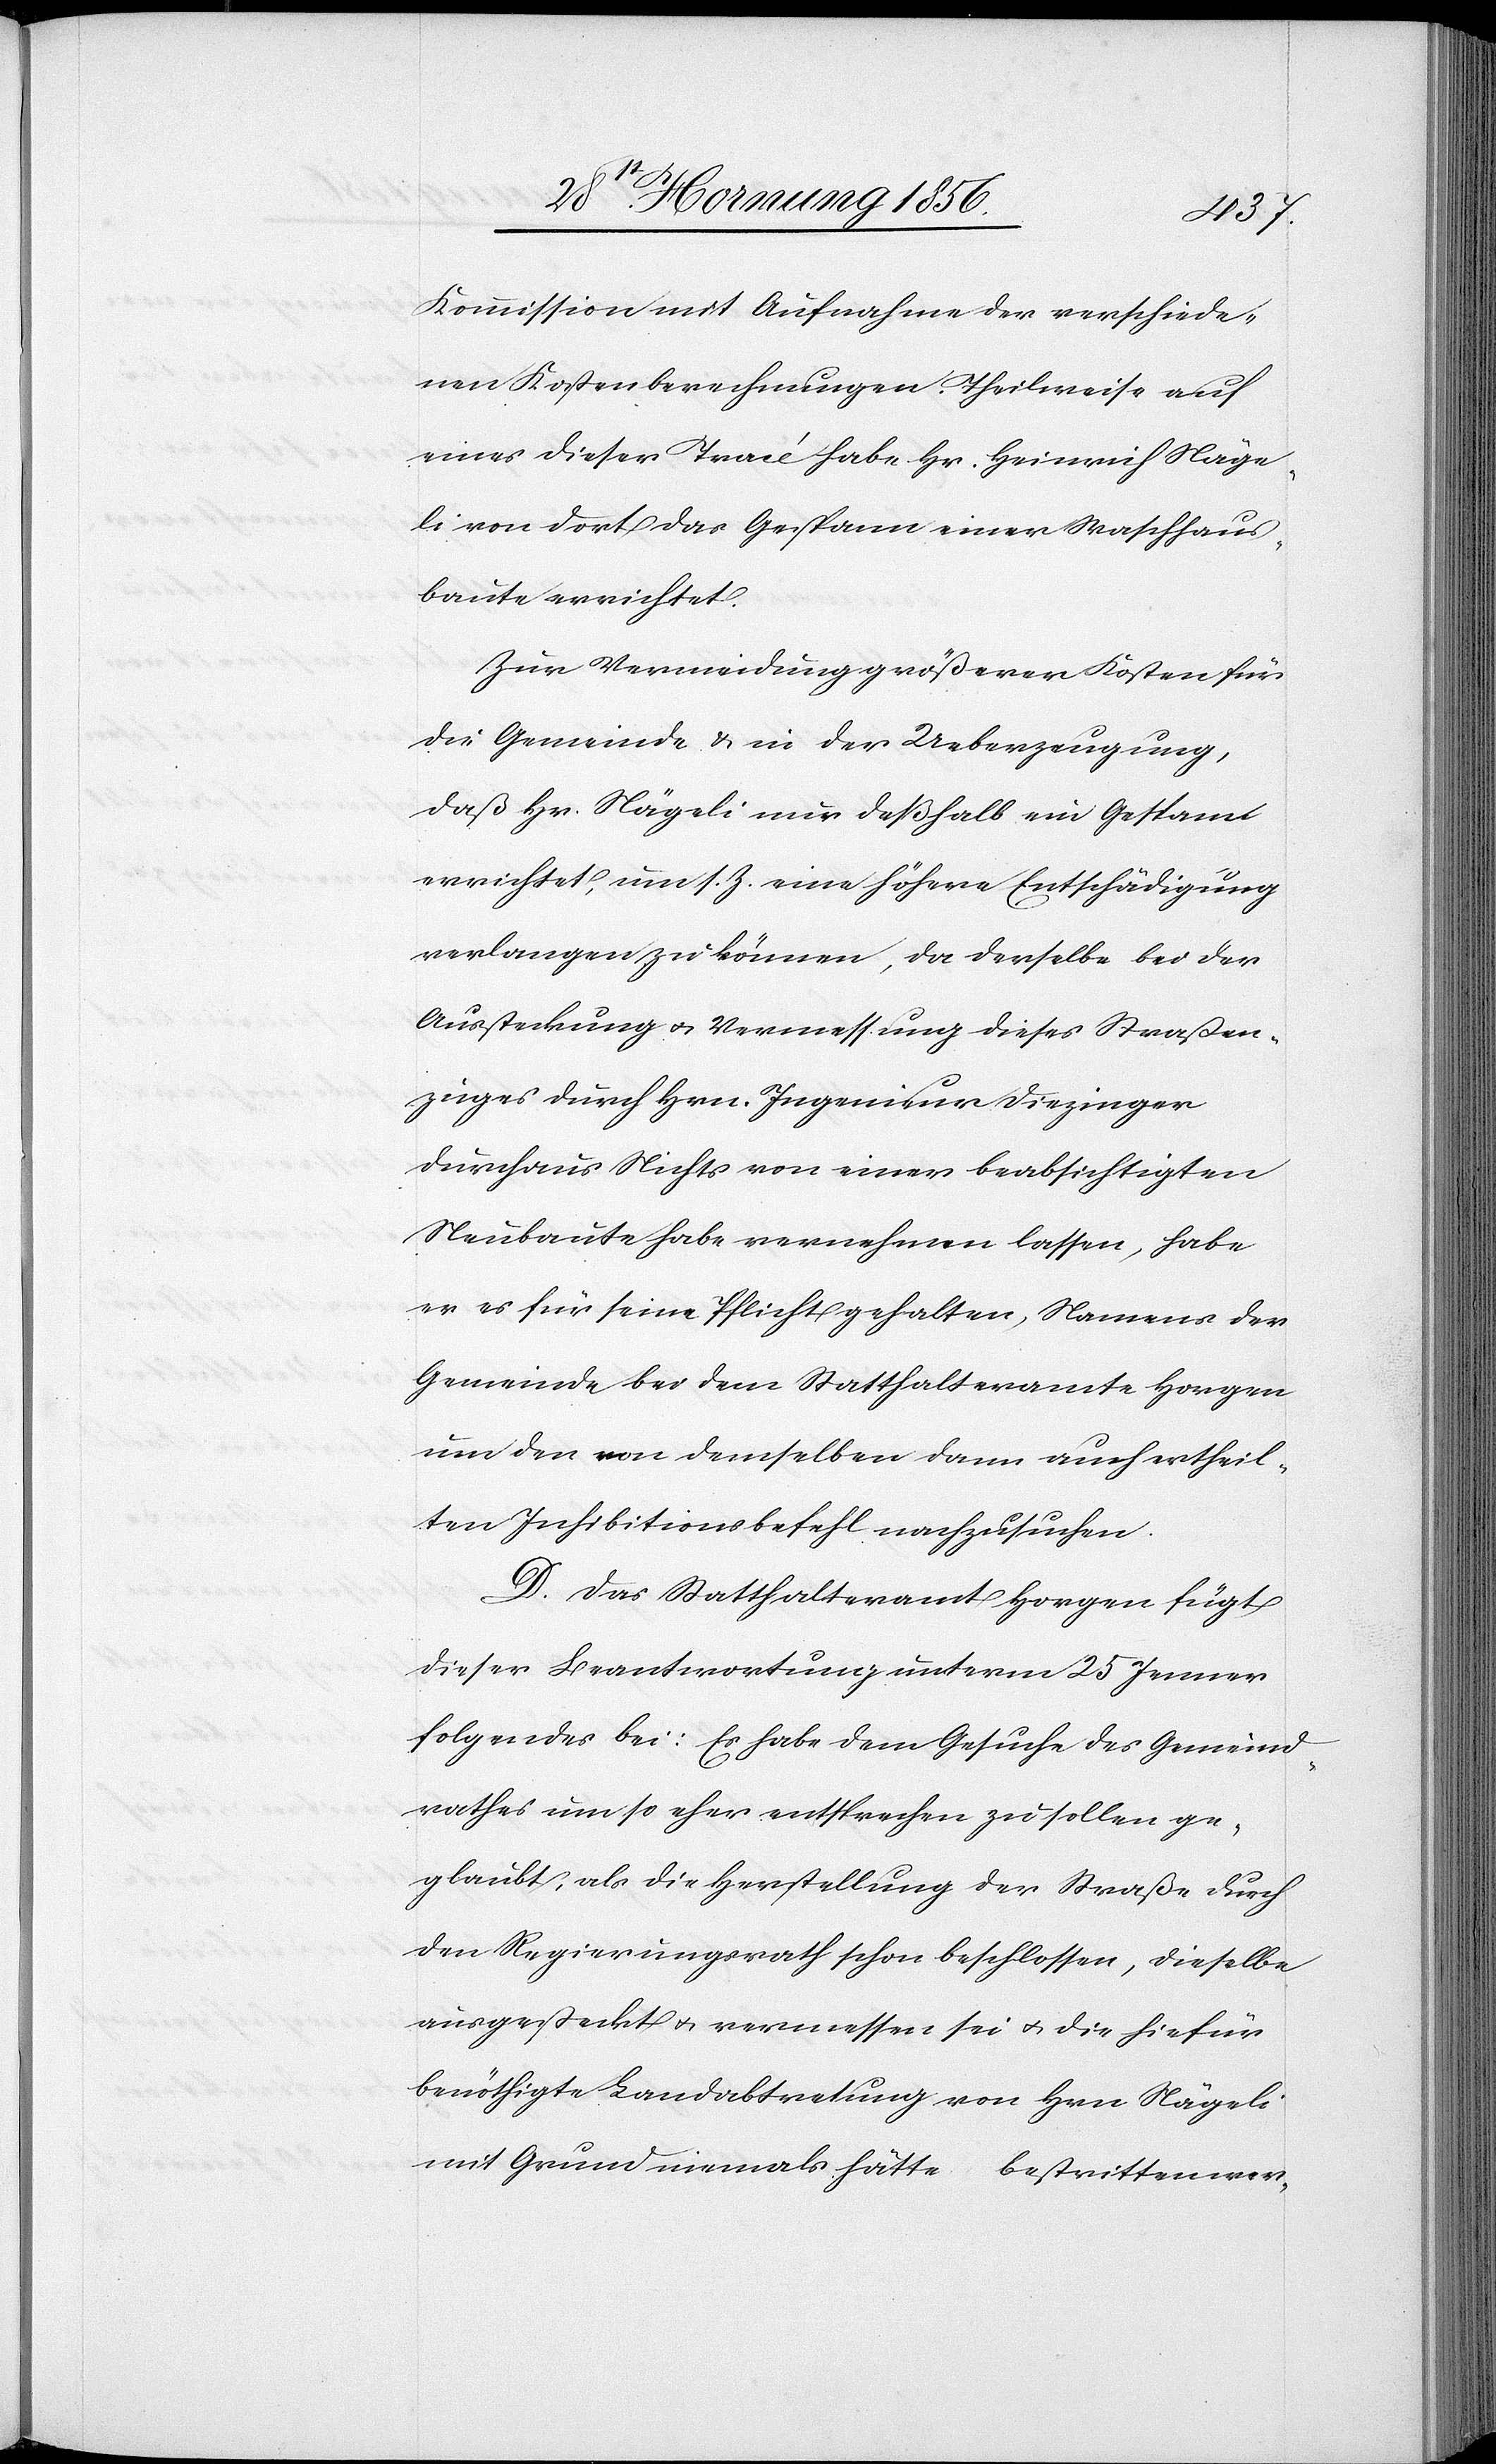
Kommission mit Aufnahme der verschiede¬
nen Kostenberechnungen. Theilweise auf
eines dieser Tracé habe Hr. Heinrich Näge¬
li von dort das Gespann einer Waschhaus¬
baute errichtet.
Zur Vermeidung größerer Kosten für
die Gemeinde & in der Ueberzeugung,
daß Hr. Nägeli nur deßhalb ein Gespann
errichtet, um s. Z. eine höhere Entschädigung
verlangen zu können, da derselbe bei der
Aussteckung u. Vermessung dieses Straßen¬
zuges durch Hrn. Ingenieur Diezinger
durchaus Nichts von einer beabsichtigten
Neubaute habe vernehmen lassen, habe
er es für seine Pflicht gehalten, Namens der
Gemeinde bei dem Statthalteramte Horgen
um den von demselben dann auch ertheil¬
ten Inhibitionsbefehl nachzusuchen.
D. Das Statthalteramt Horgen fügt
dieser Beantwortung unterm 25 Jenner
folgendes bei: Es habe dem Gesuche des Gemeind¬
rahtes um so eher entsprechen zu sollen ge¬
glaubt, als die Herstellung der Straße durch
den Regierungsrath schon beschlossen, dieselbe
ausgesteckt u. vermessen sei u. die hiefür
benöthigte Landabtretung von Hrn. Nägeli
mit Grund niemals hätte bestritten wer-